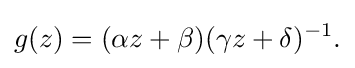
\displaystyle {g(z)=(\alpha z+\beta )(\gamma z+\delta )^{-1}.}